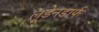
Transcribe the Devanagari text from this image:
लूडेनडार्फ